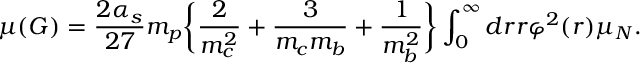
\mu ( G ) = \frac { 2 \alpha _ { s } } { 2 7 } m _ { p } \bigg \{ \frac { 2 } { m _ { c } ^ { 2 } } + \frac { 3 } { m _ { c } m _ { b } } + \frac { 1 } { m _ { b } ^ { 2 } } \bigg \} \int _ { 0 } ^ { \infty } d r r \varphi ^ { 2 } ( r ) \mu _ { N } .